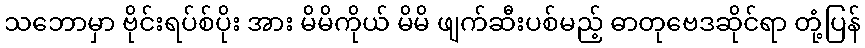
သဘောမှာ ဗိုင်းရပ်စ်ပိုး အား မိမိကိုယ် မိမိ ဖျက်ဆီးပစ်မည့် ဓာတုဗေဒဆိုင်ရာ တုံ့ပြန်